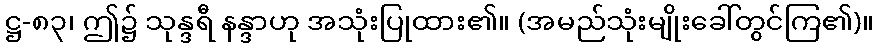
ဋ္ဌ-၈၃၊ ဤ၌ သုန္ဒရီ နန္ဒာဟု အသုံးပြုထား၏။ (အမည်သုံးမျိုးခေါ်တွင်ကြ၏)။